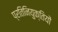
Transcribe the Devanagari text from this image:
प्रतिनियुक्तियों